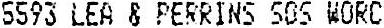
5593 LEA & PERRINS SOS WORC